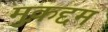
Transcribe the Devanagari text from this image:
मुक़द्दम